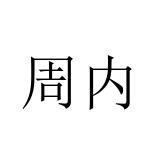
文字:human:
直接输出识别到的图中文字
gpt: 周内